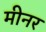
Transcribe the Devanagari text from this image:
मीनर